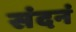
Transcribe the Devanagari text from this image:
संदनं